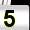
Digit: 5